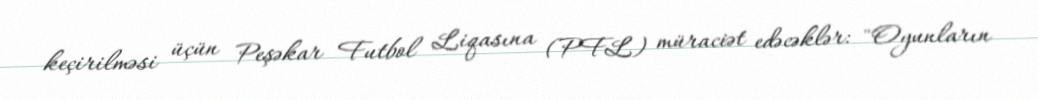
keçirilməsi üçün Peşəkar Futbol Liqasına (PFL) müraciət edəcəklər: "Oyunların